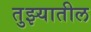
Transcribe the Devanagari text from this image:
तुझ्यातील